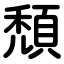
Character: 頹